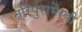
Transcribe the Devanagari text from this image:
त्रिपुराभैरवी